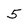
Character: 5